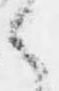
は